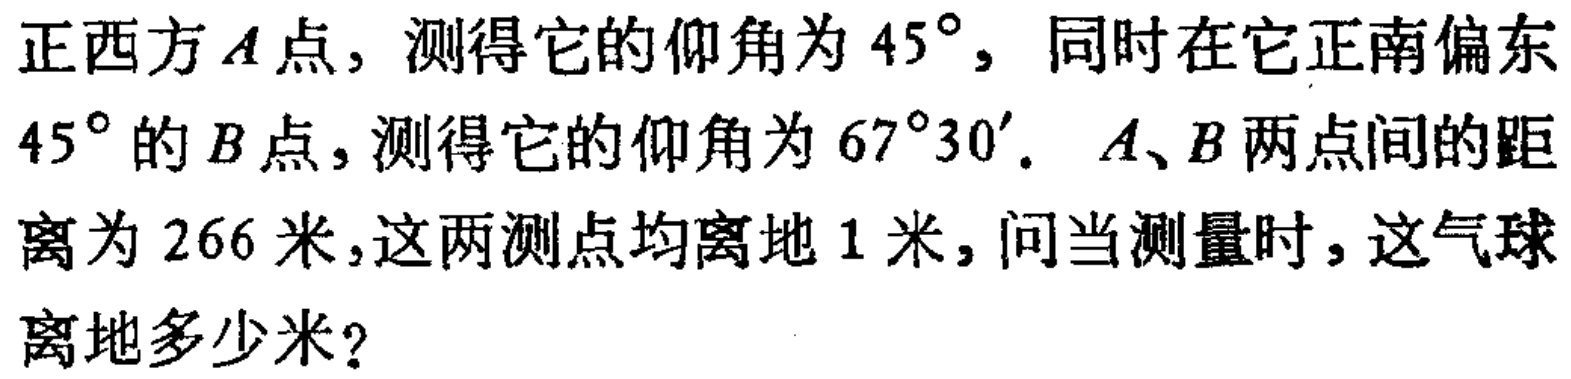
正西方\(A\)点，测得它的仰角为\(45^{\circ}\)，同时在它正南偏东\(45^{\circ}\)的\(B\)点，测得它的仰角为\(67^{\circ}30'\)。\(A、B\)两点间的距离为\(266\)米，这两测点均离地\(1\)米，问当测量时，这气球离地多少米？